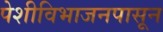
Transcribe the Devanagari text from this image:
पेशीविभाजनपासून